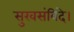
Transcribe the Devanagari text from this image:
सुखसंविदे।